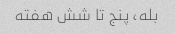
بله، پنج تا شش هفته